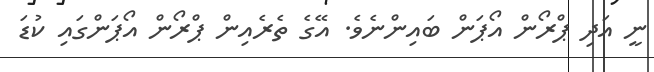
ނީ އަދި ޕްރޯން އޯޕަން ބައިންނެވެ. އޭގެ ތެރެއިން ޕްރޯން އޯޕަންގައި ކުޑަ